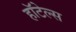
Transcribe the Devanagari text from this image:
हाॅटेल्स